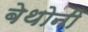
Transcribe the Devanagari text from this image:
बेथोनी